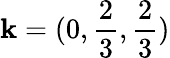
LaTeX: \mathbf{k}=(0,\frac{2}{3},\frac{2}{3})